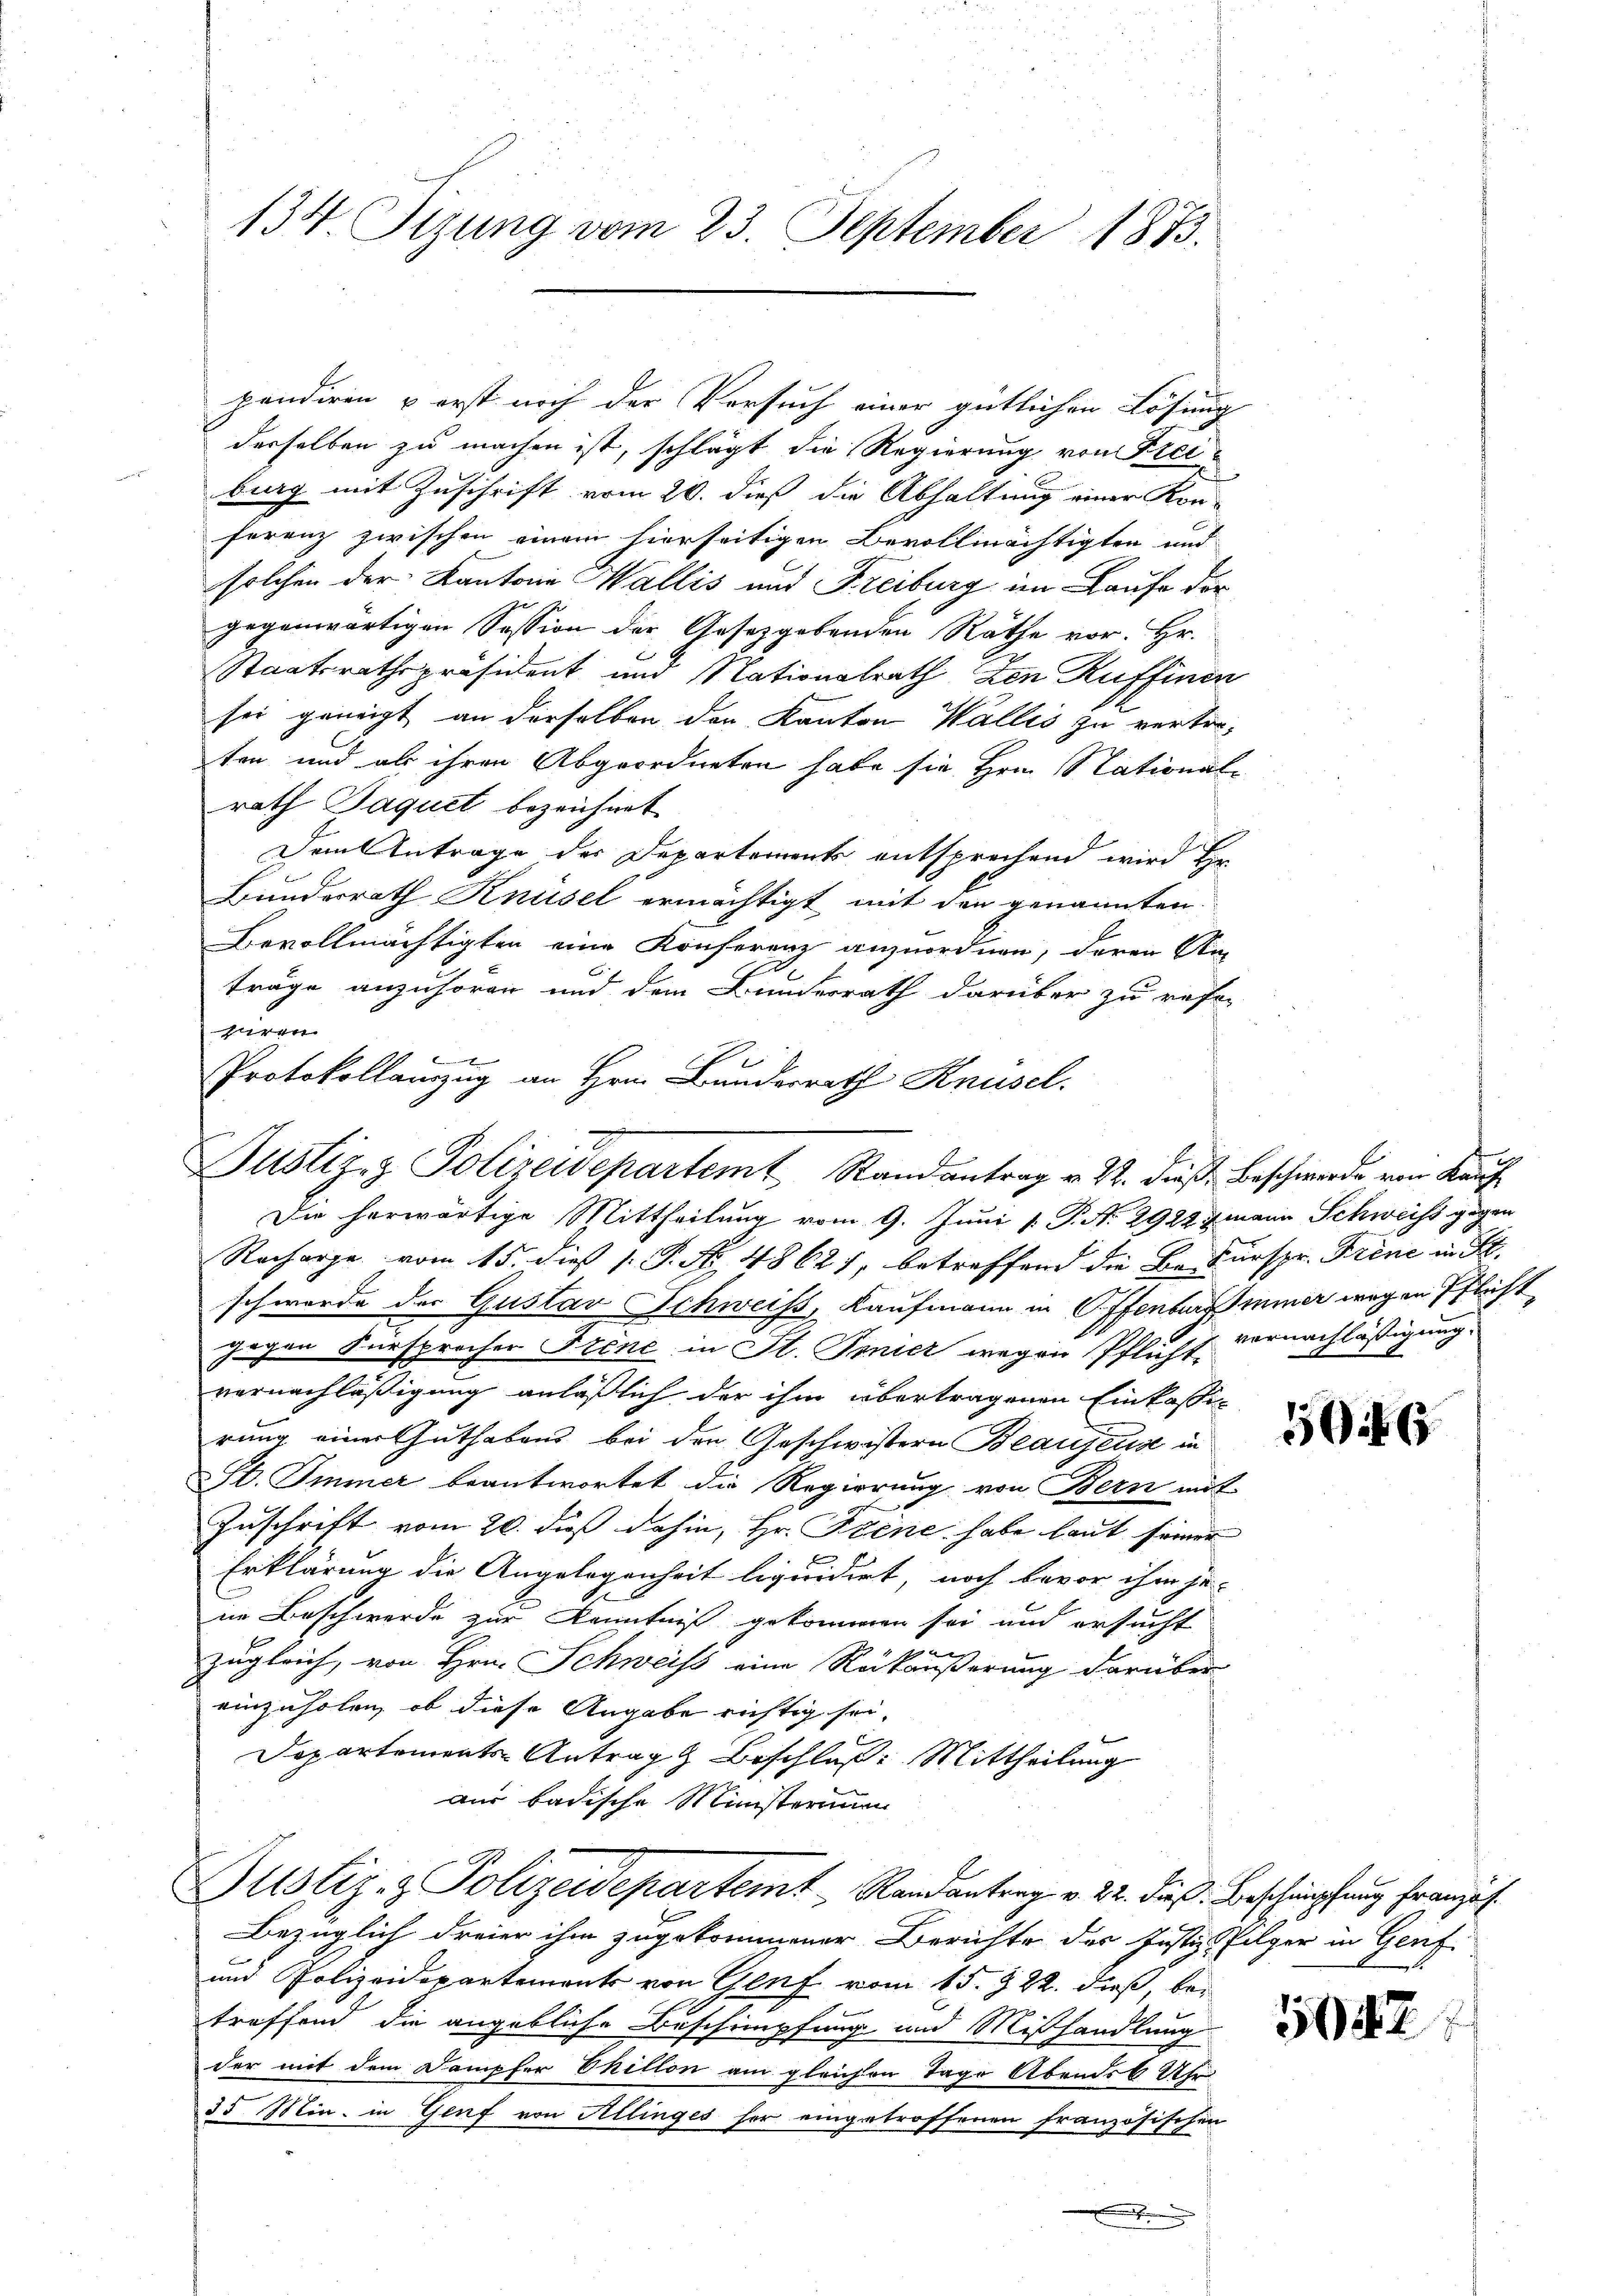
134. Tizung vom 23. September 1873.

pandiren & erst noch der Versuch einer gütlichen Lösung
derselben zu machen ist, schlägt die Regierung von Freiburg mit Zuschrift vom 20. dieß die Abhaltung einer Kon-
ferenz zwischen einem hierseitigen Bevollmächtigten und
solchen der Kantone Wallis und Freiburg im Laufe der
gegenwärtigen Session der Gesetzgebenden Räthe vor. Hr.
Staatsrathspräsident und Nationalrath den Ruffinen
sei geneigt an derselben den Kanton Wallis zu vertre-
ten und als ihren Abgeordneten habe sie Hrn. Nationalrath Jaquet bezeichnet
Dem Antrage der Departements entsprechend wird Hr
Bundesrath Knüsel ermächtigt mit den genannten
Bevollmächtigten eine Konferenz anzuordnen, deren Am
träge anzuhören und dem Bunderrath darüber zu refer
piren
x
Protokollamzug an Hrn. Bunderrath Knüsel.

Justiz- & Polizeidepartemt Randantrag v. 22. dieß Beschwerde von Kauf

Die herwärtige Mittheilung vom 9. Juni [ P. N. 2922 zmann Schweiss gegen
Racharge vom 15. dieß P. N. 4862), betreffend die Besurspr. Frene in St.
schwerde der Gustav Schweiss, Kaufmann in Offenterminer wegen Pflicht
gegen Fürsprocher Frene in St. Ponier wegen Pflicht vernachläßigung.
vernachläßigung anläßlich der ihm übertragenen Einkassi
rung einer Guthabens bei den Geschwistern Beaujense in
St. Immer beantwortet die Regierung von Bern mi
Zuschrift vom 20. dieß dahin, Hr. Feine habe laut seiner
E
Erklärung die Angelegenheit ligicidirt, noch bevor ihm je
in Beschwerde zur Kenntniß gekommen sei und ersucht
zugleich, von Hrn. Schweiss eine Rükäußerung darüber
einzuholen, ob diese Angabe richtig sei.
Departements-Antrag Beschluß: Mittheilung
aus badische Ministerium
Justiz- & Polizeidepartemt Randantrag v. 24. dieß. Beschimpfung französ.
Bezüglich dreier ihm zugekommener Berichte der Justizsfolger in Genf
und Polizeidepartements von Genf vom 15. 822. dieß, bei
troffend die angebliche Beschimpfung und Mißhandlung
der mit dem Dampfer Phillon am gleichen Tage Abends 6 Uh
35 Min. in Genf von Allinges her eingetroffenen französischen

I

14

547